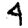
Digit: 4